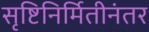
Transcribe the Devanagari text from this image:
सृष्टिनिर्मितीनंतर